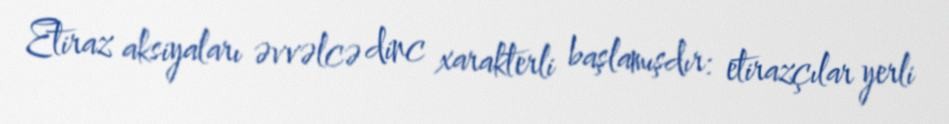
Etiraz aksiyaları əvvəlcə dinc xarakterli başlamışdır: etirazçılar yerli